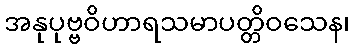
အနုပုဗ္ဗဝိဟာရသမာပတ္တိဝသေန၊